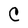
Character: C